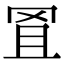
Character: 𦊕